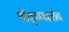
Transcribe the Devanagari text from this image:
श्रीकृष्णदर्शन